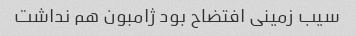
سیب زمینی افتضاح بود ژامبون هم نداشت